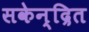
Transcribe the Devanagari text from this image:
सकेन्द्रित